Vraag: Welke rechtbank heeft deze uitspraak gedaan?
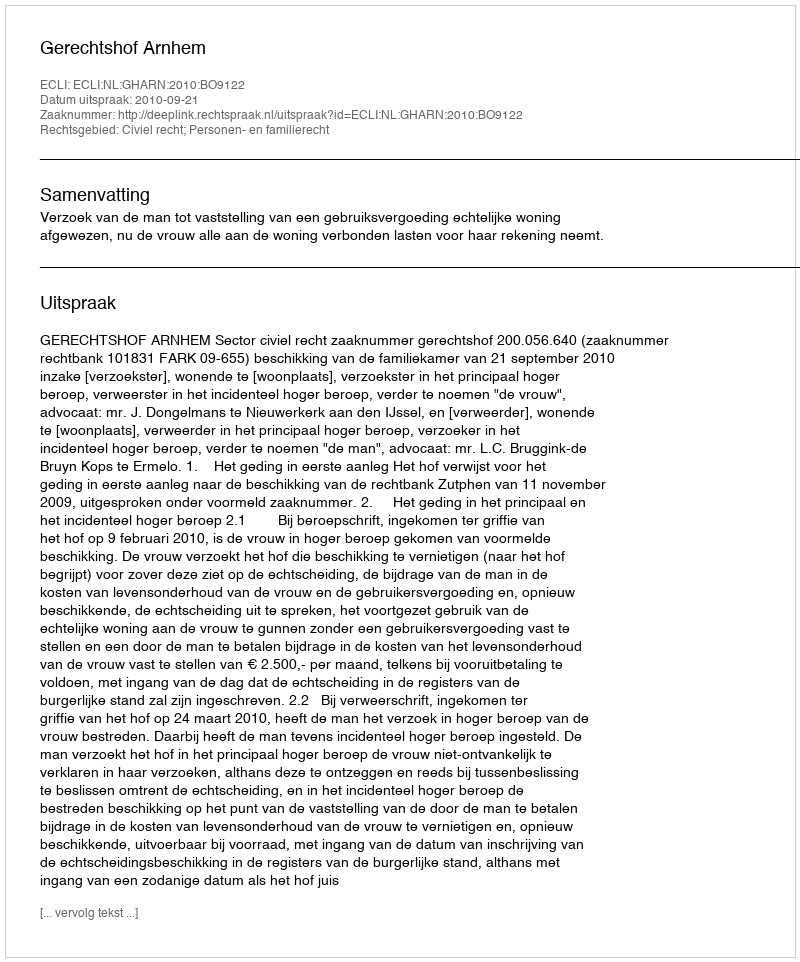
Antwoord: Gerechtshof Arnhem